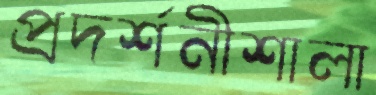
প্রদর্শনীশালা